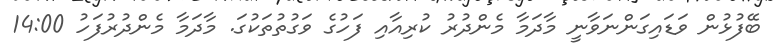
ބޭފުޅުން ވަޑައިގަންނަވާނީ މާދަމާ މެންދުރު ކުރިއާއި ފަހުގެ ވަގުތުތަކުގަ. މާދަމާ މެންދުރުފަހު 14:00